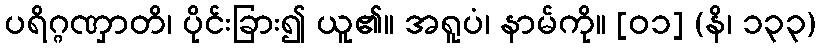
ပရိဂ္ဂဏှာတိ၊ ပိုင်းခြား၍ ယူ၏။ အရူပံ၊ နာမ်ကို။ [၀၁] (နိ၊ ၁၃၃)